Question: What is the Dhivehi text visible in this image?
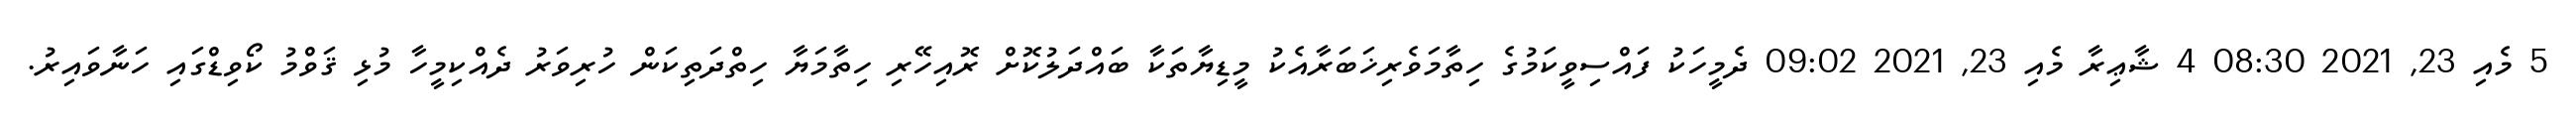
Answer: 5 މެއި 23, 2021 08:30 4 ޝާޢިރާ މެއި 23, 2021 09:02 ދެމީހަކު ފައްސިވީކަމުގެ ހިތާމަވެރިޚަބަރާއެކު މީޑިޔާތަކާ ބައްދަލުކޮށް ރޮއިހޭރި ހިތާމަޔާ ހިތްދަތިކަން ހުރިވަރު ދެއްކިމީހާ މުޅި ޤަވްމު ކޯވިޑްގައި ހަނާވައިރު.